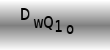
Text: DwQ10